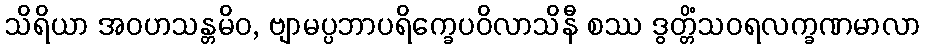
သိရိယာ အဝဟသန္တမိဝ, ဗျာမပ္ပဘာပရိက္ခေပဝိလာသိနီ စဿ ဒွတ္တိံသဝရလက္ခဏမာလာ